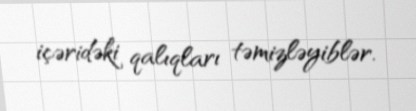
içəridəki qalıqları təmizləyiblər.